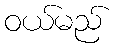
ဝယ်မည်